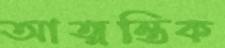
আত্মন্তিক